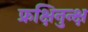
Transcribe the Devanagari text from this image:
फ्रक्षिनुन्क्ष